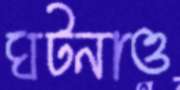
ঘটনাও